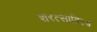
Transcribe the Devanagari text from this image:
शरत्साहित्य